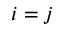
i = j